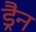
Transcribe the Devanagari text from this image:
ड्रैन